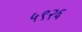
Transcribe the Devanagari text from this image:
५९२६